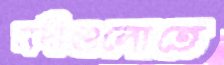
নদীগুলোতে